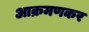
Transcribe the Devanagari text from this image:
आक्रमणकर